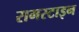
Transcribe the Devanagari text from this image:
रामस्टाइन